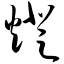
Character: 灯